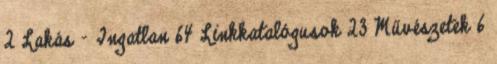
2 Lakás – Ingatlan 64 Linkkatalógusok 23 Művészetek 6